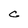
Character: C